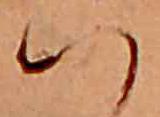
ハ